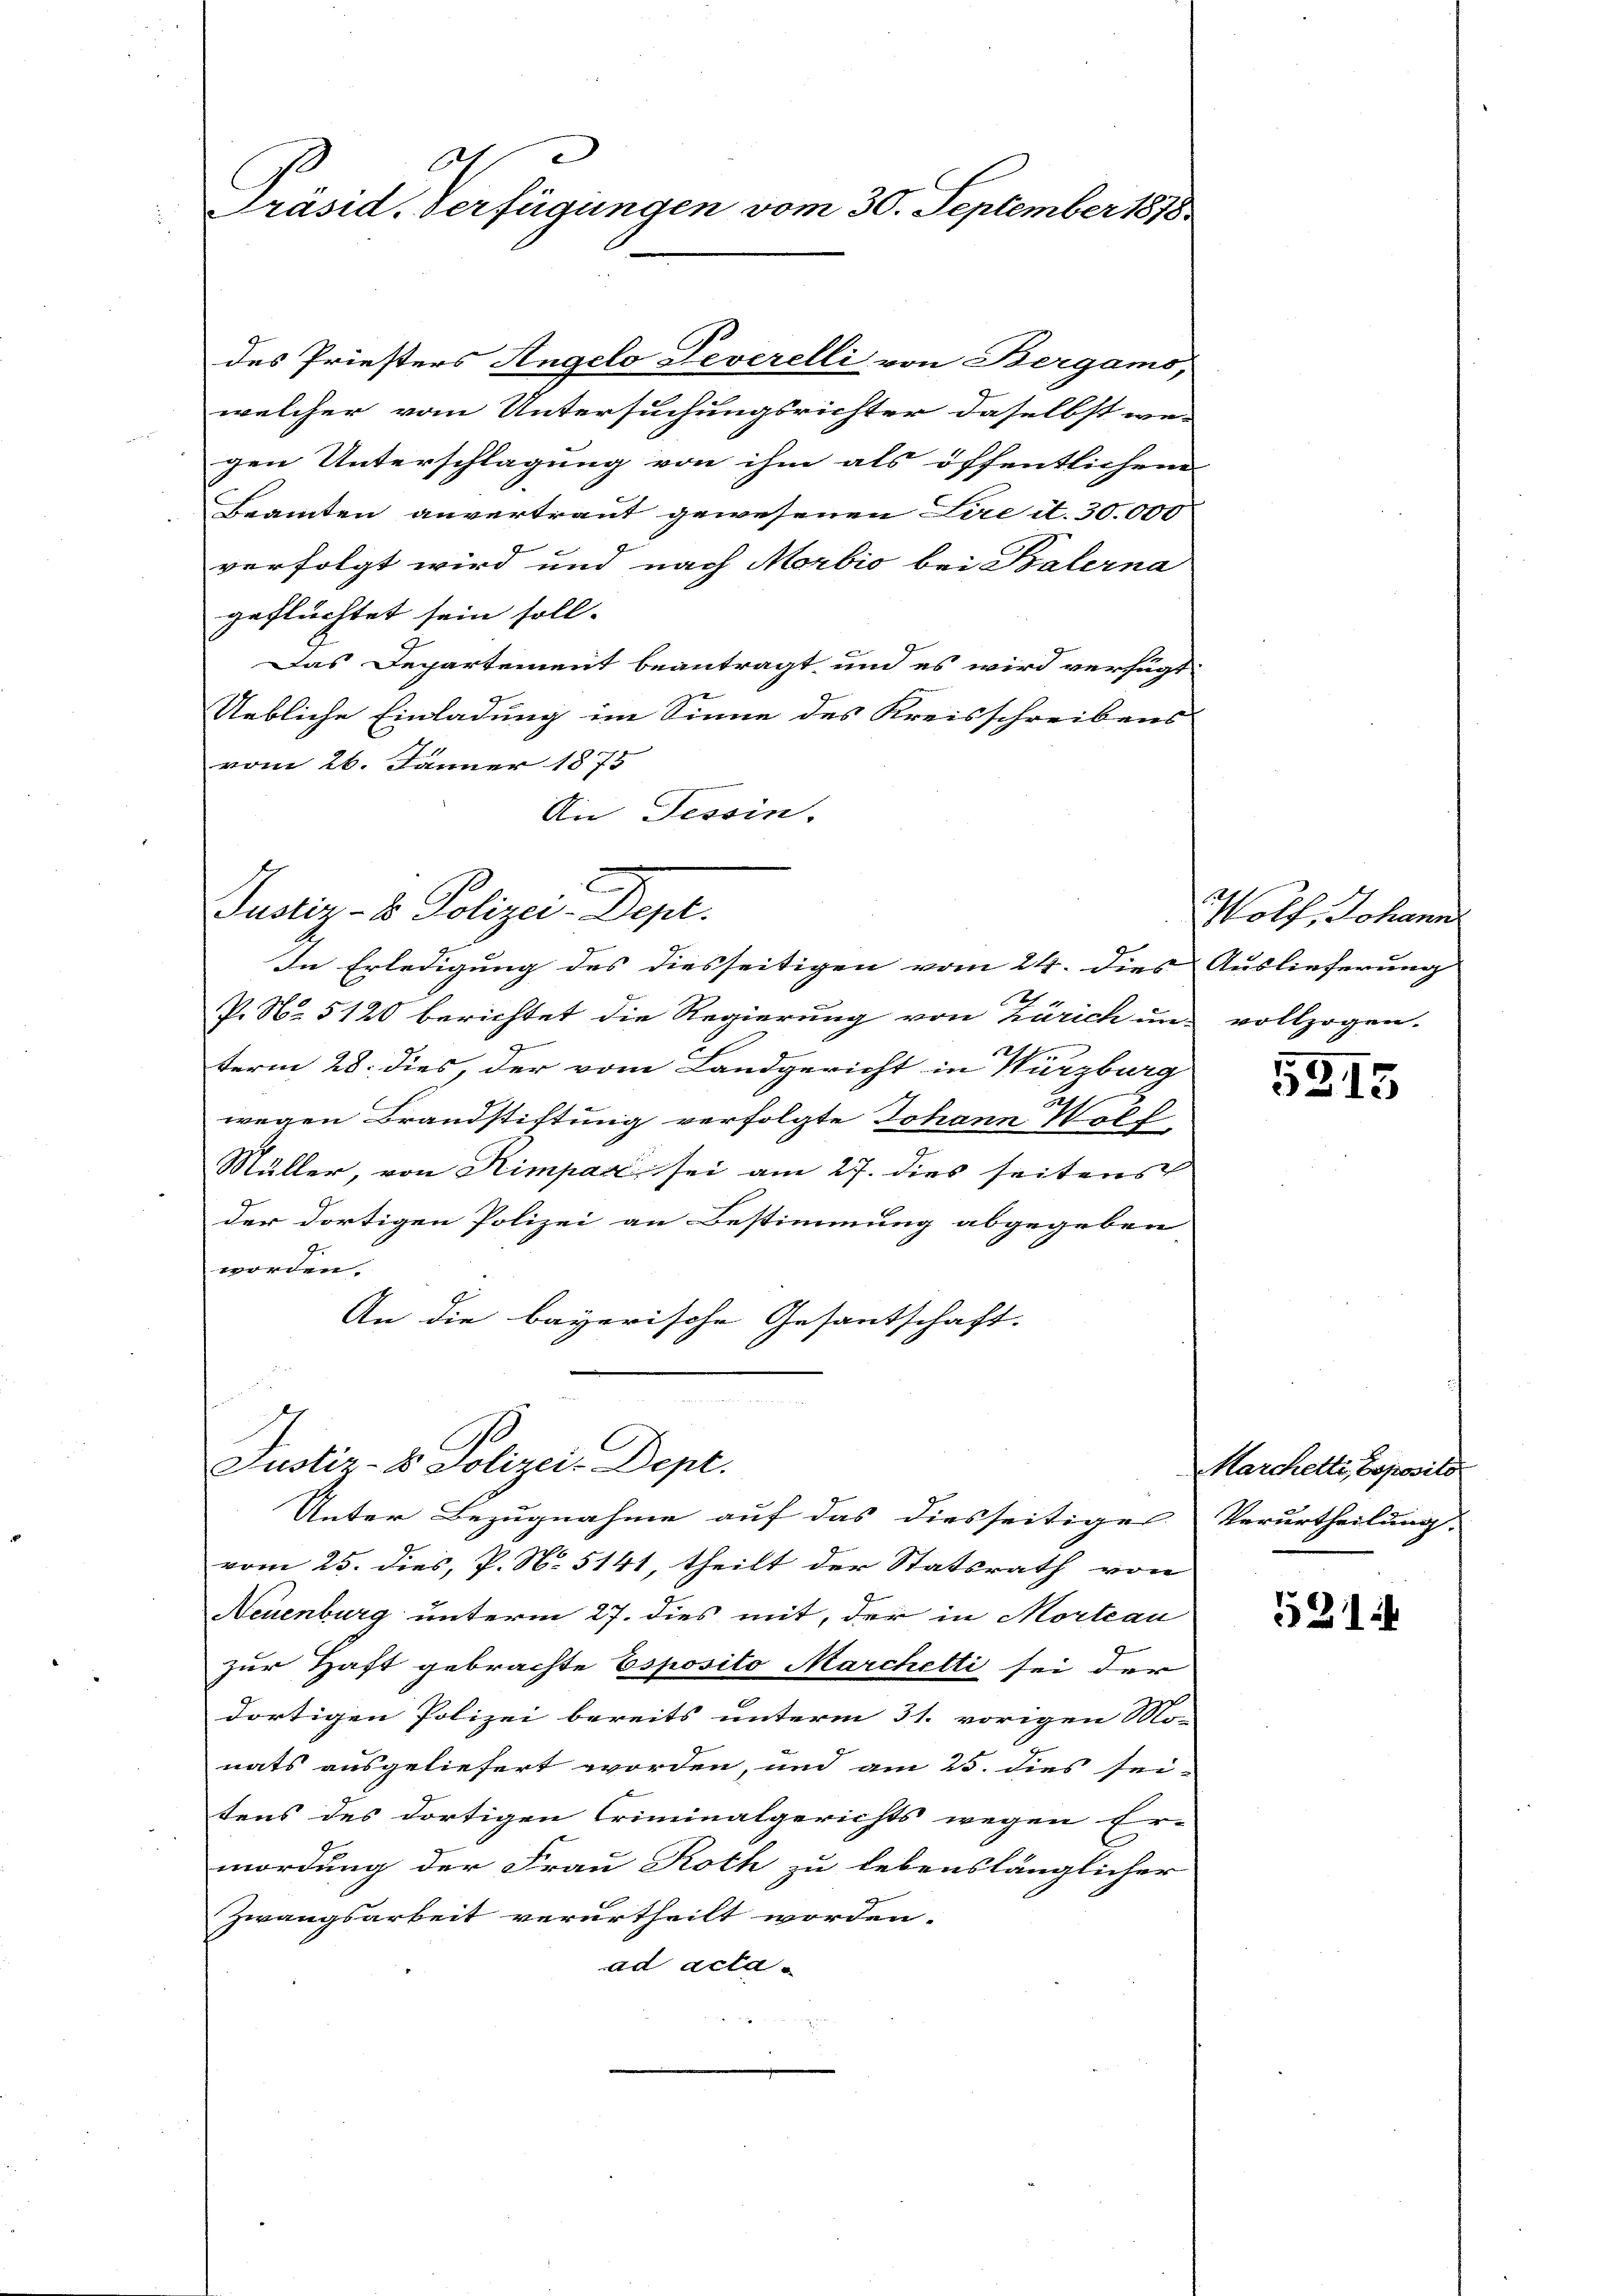
A
Präsid. Verfügungen vom 30. September 1878

des Priesters Angelo Peverelli von Bergams,
welcher vom Untersuchungsrichter daselbst we-
gen Unterschlagung von ihm als öffentlichem
Beamten anvertraut gewesenen Lire it. 30.000
verfolgt wird und nach Morbio bei Balerna
geflüchtet sein soll.
Das Departement beantragt, und es wird verfügt
Uebliche Einladung im Sinne des Kreisschreibens
vom 26. Jänner 1875
An Tessin.
Justiz- & Polizei-Dept.
In Erledigung des diesseitigen vom 24. dies Auslieferung
P. No 5120 berichtet die Regierung von Zürich um vollzogen.
21
e
term 28. dies, der vom Landgericht in Würzburg
wegen Brandstiftung verfolgte Johann Noll-
Müller, von Himpac sei am 27. dies seitens
der dortigen Polizei an Bestimmung abgegeben
worden.
An die bayerische Gesantschaft.
n

Justiz- & Polizei-Dept.
Unter Bezugnahme auf das diesseitiges Verurtheilung

vom 25. dies, P. N. 5141, theilt der Statsrath von
Neuenburg unterm 27. dies mit, der in Morteau
zur Haft gebrachte Esposito Marchetti sei der
3
dortigen Polizei bereits unterm 31. vorigen Mo-
nats ausgeliefert worden, und am 25. dies sei-
tens des dortigen Criminalgerichts wegen Er-
mordung der Frau Roth zu lebenslänglicher
Zwangsarbeit verurtheilt worden.
ad acta

Wolf, Johann

5315

Marchetti, Toposito

521